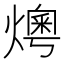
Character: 𤏓